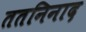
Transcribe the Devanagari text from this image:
ततनिनाद